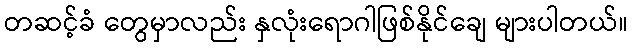
တဆင့်ခံ တွေမှာလည်း နှလုံးရောဂါဖြစ်နိုင်ချေ များပါတယ်။